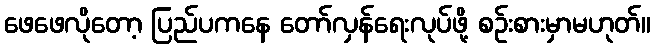
ဖေဖေလိုတော့ ပြည်ပကနေ တော်လှန်ရေးလုပ်ဖို့ စဉ်းစားမှာမဟုတ်။